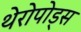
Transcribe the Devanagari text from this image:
थेरोपोड्स